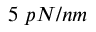
5 \, \, p N / n m